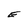
Character: E